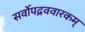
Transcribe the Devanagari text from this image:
सर्वोपद्रववारकम्